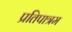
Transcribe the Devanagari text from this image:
प्रतिपात्रम